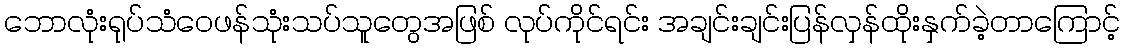
ဘောလုံးရုပ်သံဝေဖန်သုံးသပ်သူတွေအဖြစ် လုပ်ကိုင်ရင်း အချင်းချင်းပြန်လှန်ထိုးနှက်ခဲ့တာကြောင့်